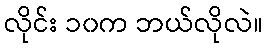
လိုင်း ၁၀က ဘယ်လိုလဲ။